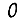
Digit: 0